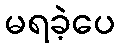
မရခဲ့ပေ